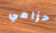
حزامي